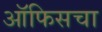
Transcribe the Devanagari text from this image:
ऑफिसचा